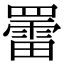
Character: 䍣